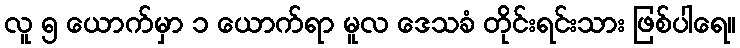
လူ ၅ ယောက်မှာ ၁ ယောက်ရာ မူလ ဒေသခံ တိုင်းရင်းသား ဖြစ်ပါရေ။